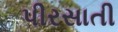
પીરસાતી